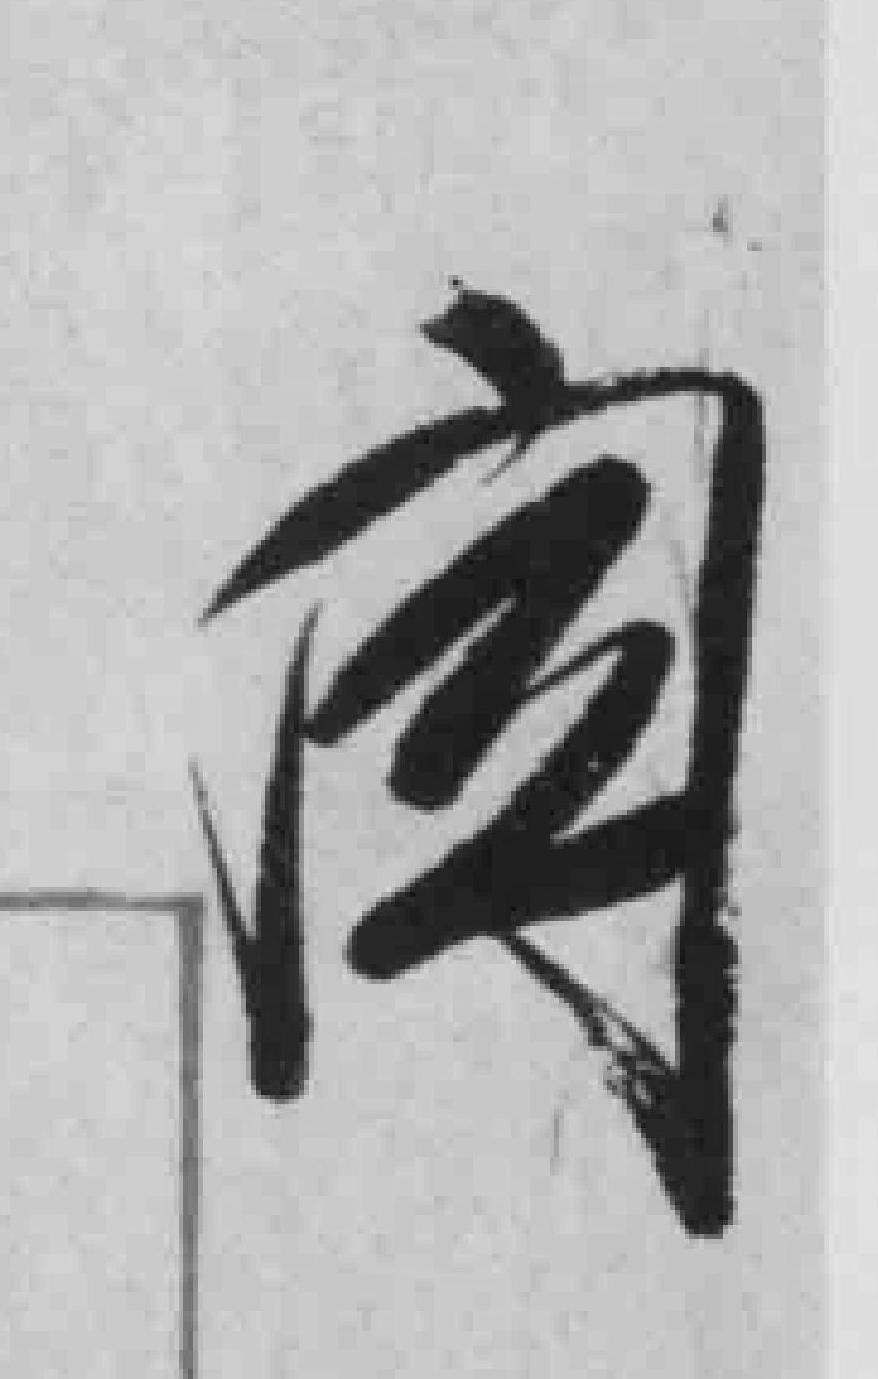
*